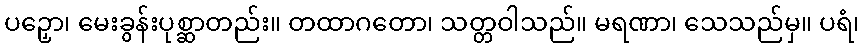
ပဉှော၊ မေးခွန်းပုစ္ဆာတည်း။ တထာဂတော၊ သတ္တဝါသည်။ မရဏာ၊ သေသည်မှ။ ပရံ၊